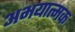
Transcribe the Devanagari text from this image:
अभयात्मक